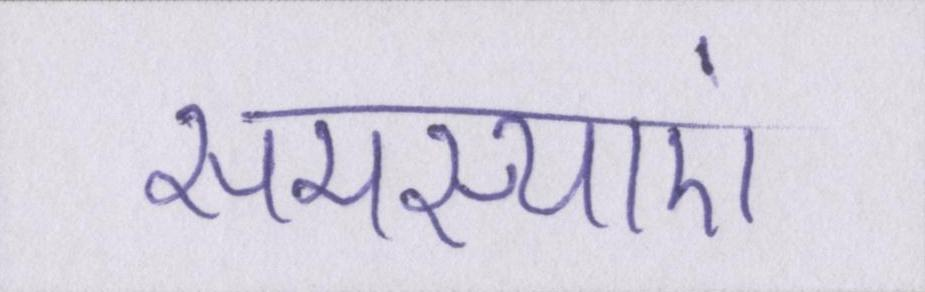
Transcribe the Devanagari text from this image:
समस्याएं